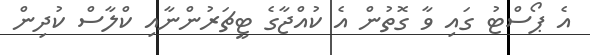
އެ ޕޯސްޓު ގައި ވާ ގޮތުން އެ ކުއްޖާގެ ޓީޗަރުންނާއި ކްލާސް ކުދިން